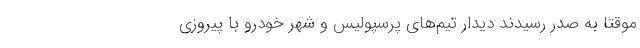
موقتاً به صدر رسیدند دیدار تیم‌های پرسپولیس و شهر خودرو با پیروزی